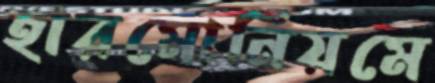
হারমোনিয়মে